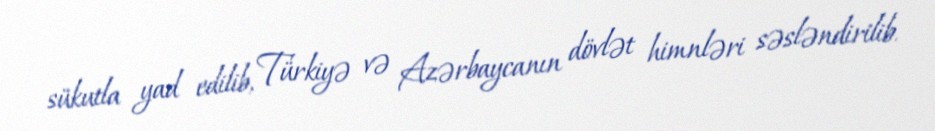
sükutla yad edilib, Türkiyə və Azərbaycanın dövlət himnləri səsləndirilib.